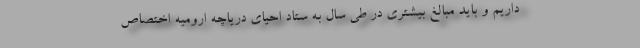
داریم و باید مبالغ بیشتری در طی سال به ستاد احیای دریاچه ارومیه اختصاص